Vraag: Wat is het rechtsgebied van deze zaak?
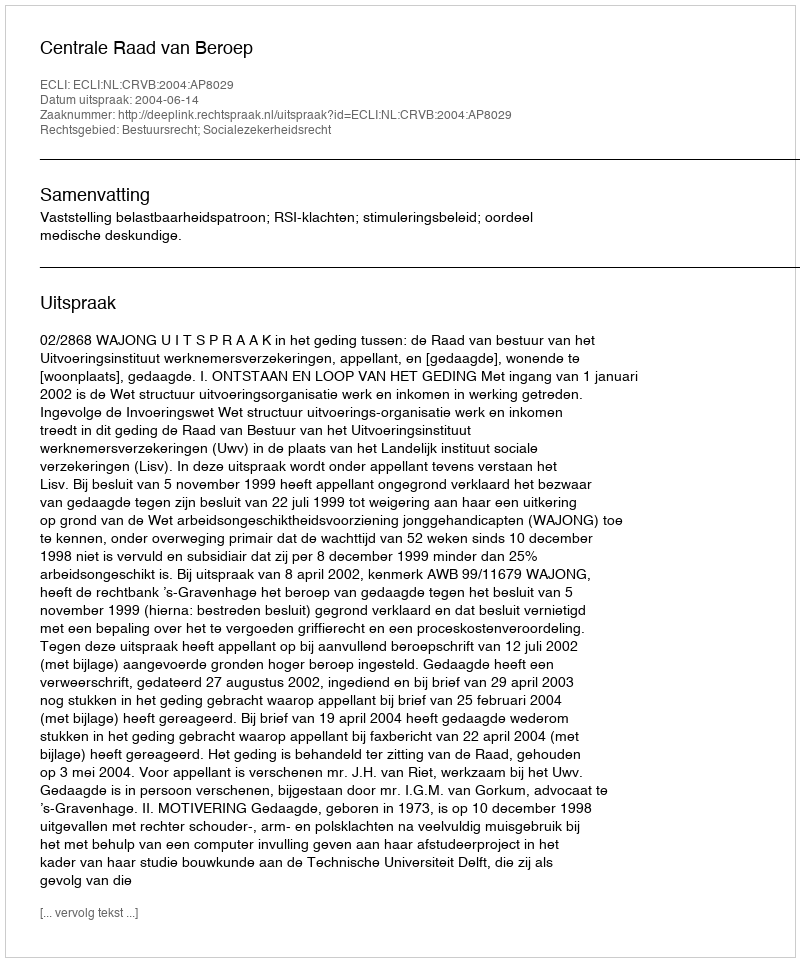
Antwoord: Bestuursrecht; Socialezekerheidsrecht